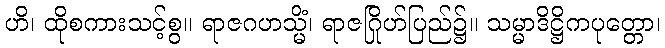
ဟိ၊ ထိုစကားသင့်စွ။ ရာဇဂဟသ္မိံ၊ ရာဇဂြိုဟ်ပြည်၌။ သမ္မာဒိဋ္ဌိကပုတ္တော၊